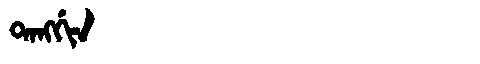
Manchu: ᡨᠠᠩᡤᡳᠨ
Romanization: TANGGIN